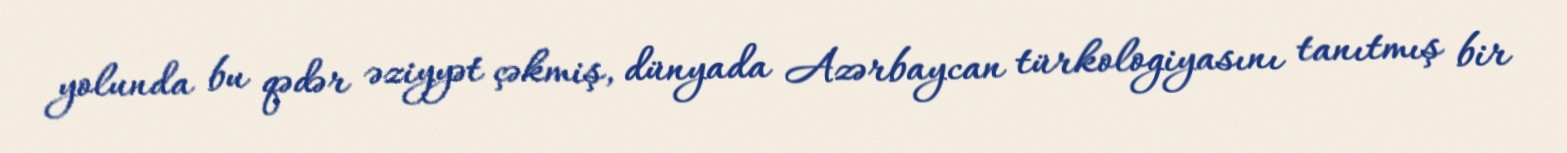
yolunda bu qədər əziyyət çəkmiş, dünyada Azərbaycan türkologiyasını tanıtmış bir